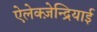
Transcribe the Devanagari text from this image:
ऐलेक्ज़ेन्द्रियाई